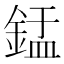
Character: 𬫢